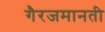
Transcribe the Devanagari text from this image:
गैरजमानती